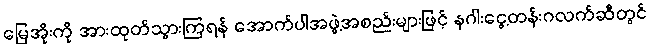
မြေအိုးကို အားထုတ်သွားကြရန် အောက်ပါအဖွဲ့အစည်းများဖြင့် နဂါးငွေ့တန်းဂလက်ဆီတွင်